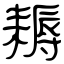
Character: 耨